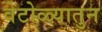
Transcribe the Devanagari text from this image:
वेटोळ्यातुन